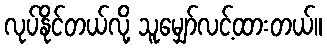
လုပ်နိုင်တယ်လို့ သူမျှော်လင့်ထားတယ်။